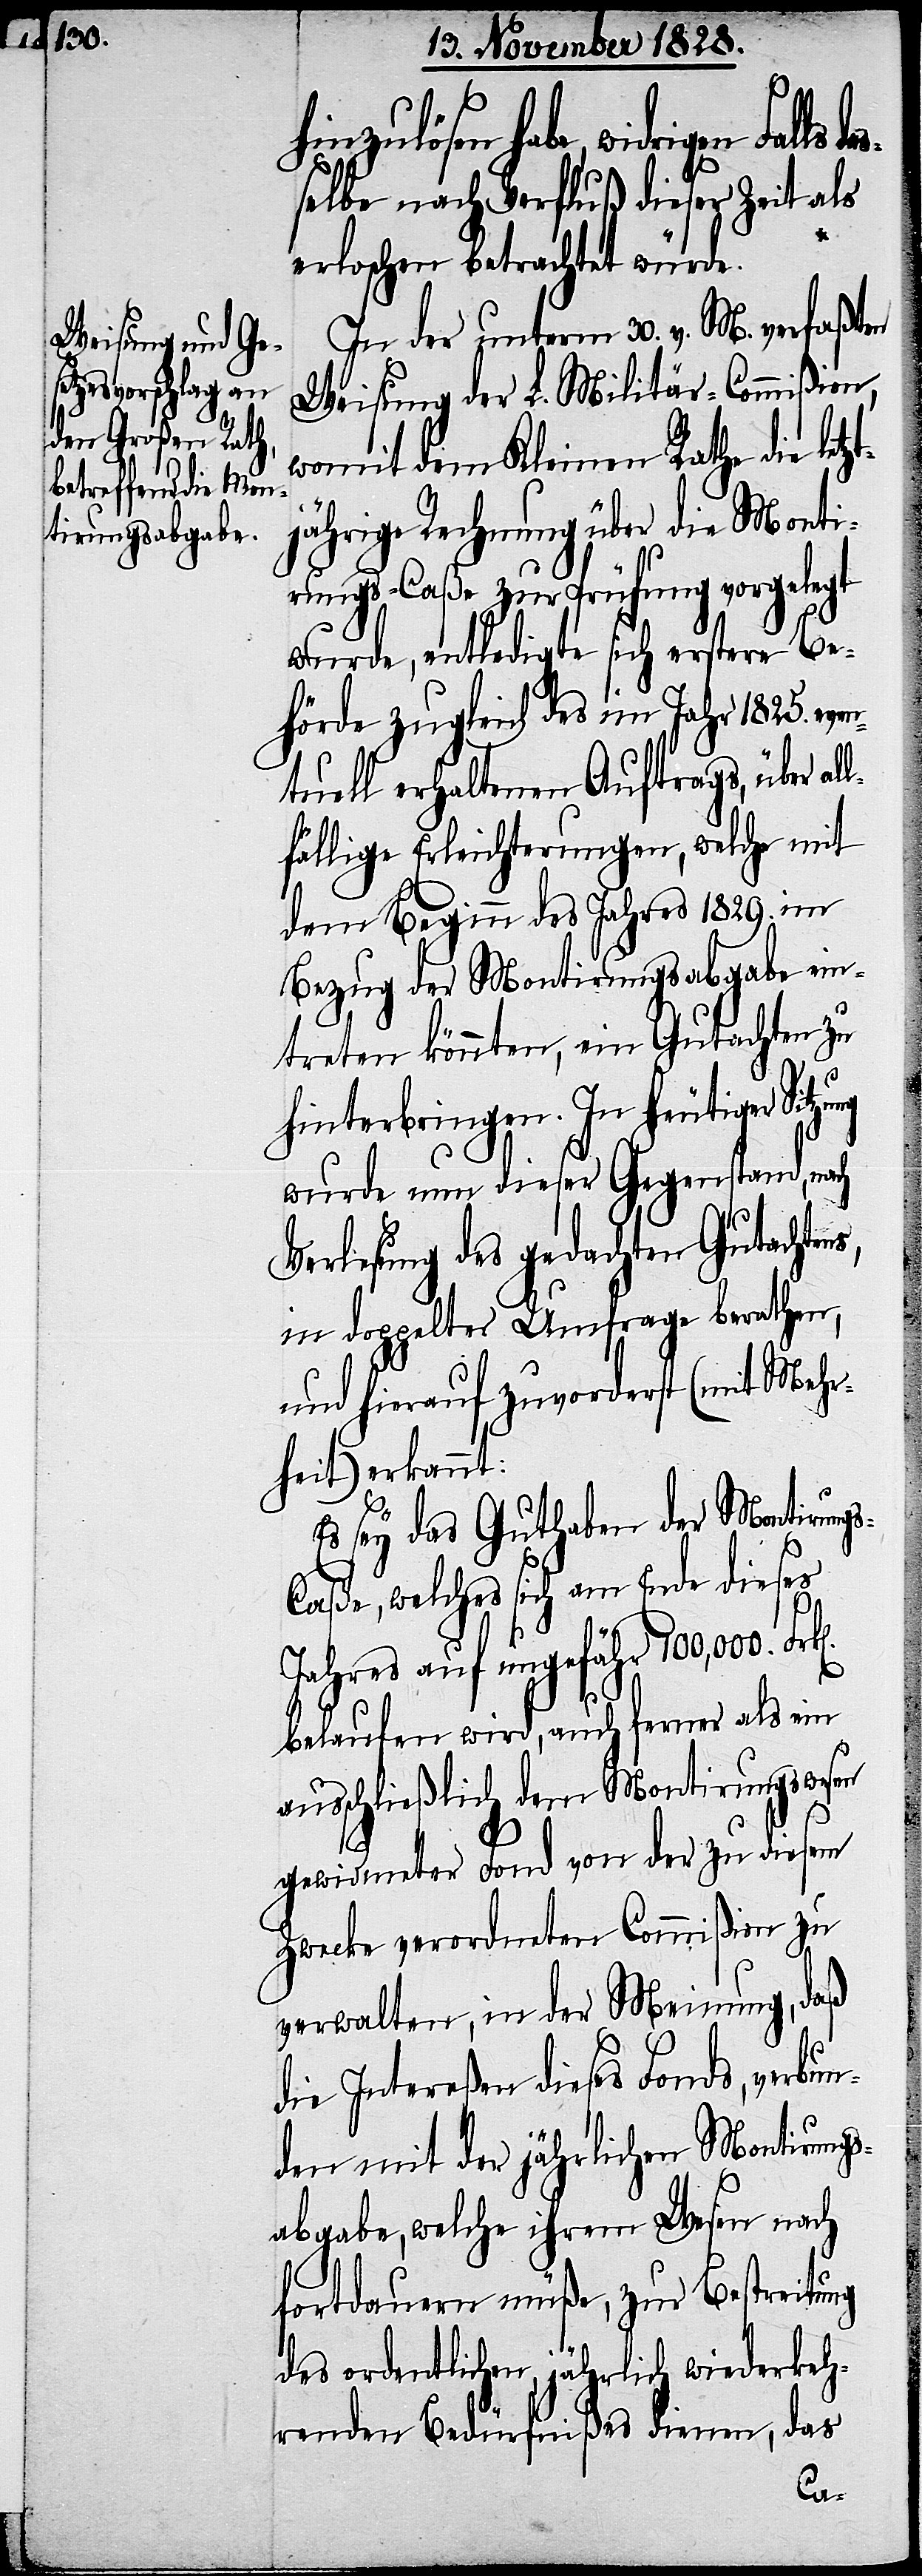
idrigen Falls das¬
selbe nach Verfluß dieser Zeit als
erloschen betrachtet würde.
In der unterm 30. v. M. verfaßten
Weisung der L. Militär-Commißion,
womit dem Kleinen Rathe die letz¬
jährige Rechnung über die Monti¬
rungs-Caßa zur Prüfung vorgelegt
wurde, entledigte sich erstere Be¬
hörde zugleich des im Jahr 1825. eve¬
ntuell erhaltenen Auftrags, über al¬
lfällige Erleichterungen, welche mit
dem Beginn des Jahres 1829. im
Bezug der Montirungsabgabe ein¬
treten könnten, ein Gutachten zu
hinterbringen. In heutiger
wurde nun dieser Gegenstand, nach
Verlesung des gedachten Gutachte¬
in doppelter Umfrage berathen,
und hierauf zuvorderst (mit Mehr¬
heit) erkannt:
Es sey das Guthaben der Montirung¬
s-Caßa, welches sich am Ende dieses
Jahres auf ungefähr 100,000.
belaufen wird, auch ferner als ein
ausschließlich dem Montirungswesen
ns,
gewidmeter Fond von der zu diesem
Zwecke verordneten Commißion zu
verwalten, in der Meinung, daß
die Intereßen dieses Fonds, verbun¬
den mit der jährlichen Montirungs¬
abgabe, welche ihrem Wesen nach
fortdauern müße, zur Bestreitung
ordentlichen, jährlich wiederkeh¬
renden Bedürfnißen dienen, das